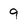
Character: 9